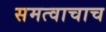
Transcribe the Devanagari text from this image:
समत्वाचाच